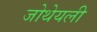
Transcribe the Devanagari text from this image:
जोथेयली